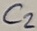
Text: C2